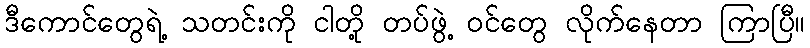
ဒီကောင်တွေရဲ့ သတင်းကို ငါတို့ တပ်ဖွဲ့ ဝင်တွေ လိုက်နေတာ ကြာပြီ။